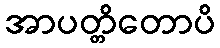
အာပတ္တိတောပိ